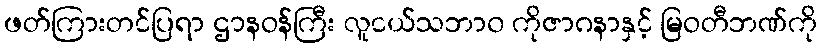
ဖတ်ကြားတင်ပြရာ ဌာနဝန်ကြီး လူငယ်သဘာ၀ ကိုဇာဂနာနှင့် မြဝတီဘဏ်ကို